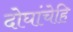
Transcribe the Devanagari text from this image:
दोघांचेहि